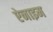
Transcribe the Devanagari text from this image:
ऐनाइम